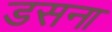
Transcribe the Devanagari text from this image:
डसना